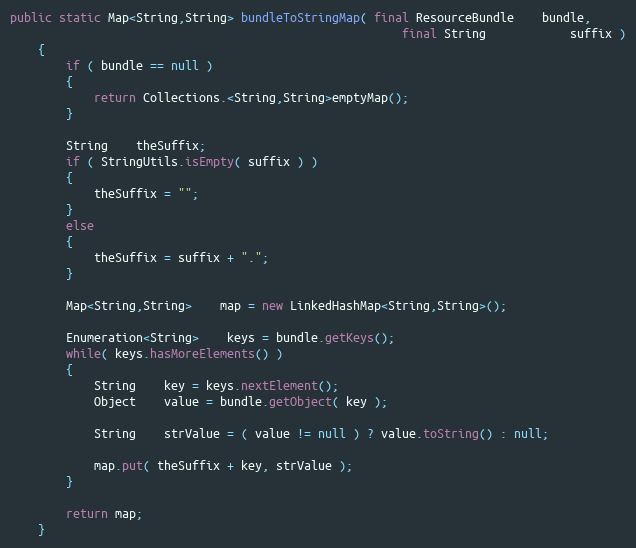
Language: Java
public static Map<String,String> bundleToStringMap( final ResourceBundle    bundle,
                                                        final String            suffix )
    {
        if ( bundle == null )
        {
            return Collections.<String,String>emptyMap();
        }

        String    theSuffix;
        if ( StringUtils.isEmpty( suffix ) )
        {
            theSuffix = "";
        }
        else
        {
            theSuffix = suffix + ".";
        }

        Map<String,String>    map = new LinkedHashMap<String,String>();

        Enumeration<String>    keys = bundle.getKeys();
        while( keys.hasMoreElements() )
        {
            String    key = keys.nextElement();
            Object    value = bundle.getObject( key );

            String    strValue = ( value != null ) ? value.toString() : null;

            map.put( theSuffix + key, strValue );
        }

        return map;
    }